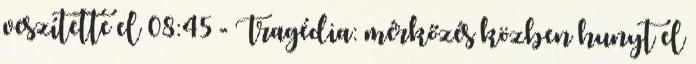
veszítette el 08:45 - Tragédia: mérkőzés közben hunyt el